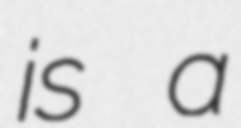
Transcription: is a